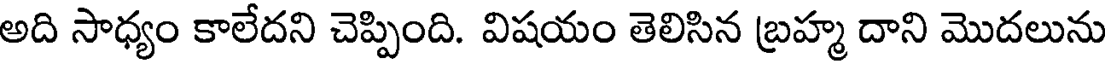
అది సాధ్యం కాలేదని చెప్పింది. విషయం తెలిసిన బ్రహ్మ దాని మొదలును